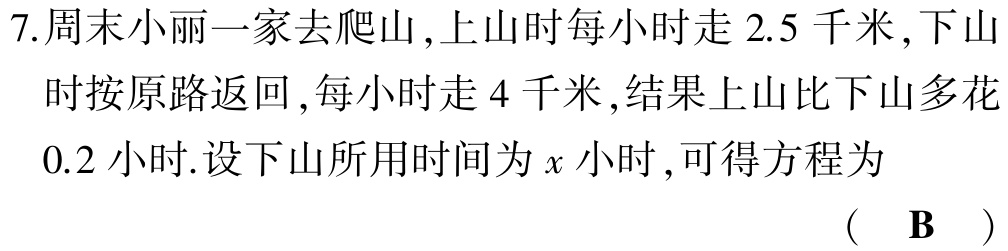
7.周末小丽一家去爬山,上山时每小时走$2.5$千米,下山时按原路返回,每小时走$4$千米,结果上山比下山多花$0.2$小时.设下山所用时间为$x$小时,可得方程为
( B )